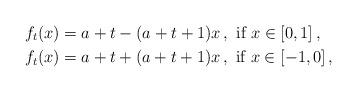
LaTeX: \begin{align*}f_t(x)&=a+t - (a+t+1)x \, ,\mbox{ if } x \in [0,1]\, ,\\f_t(x)&=a+t +(a+t+1)x \, , \mbox{ if } x \in[-1,0]\, ,\end{align*}